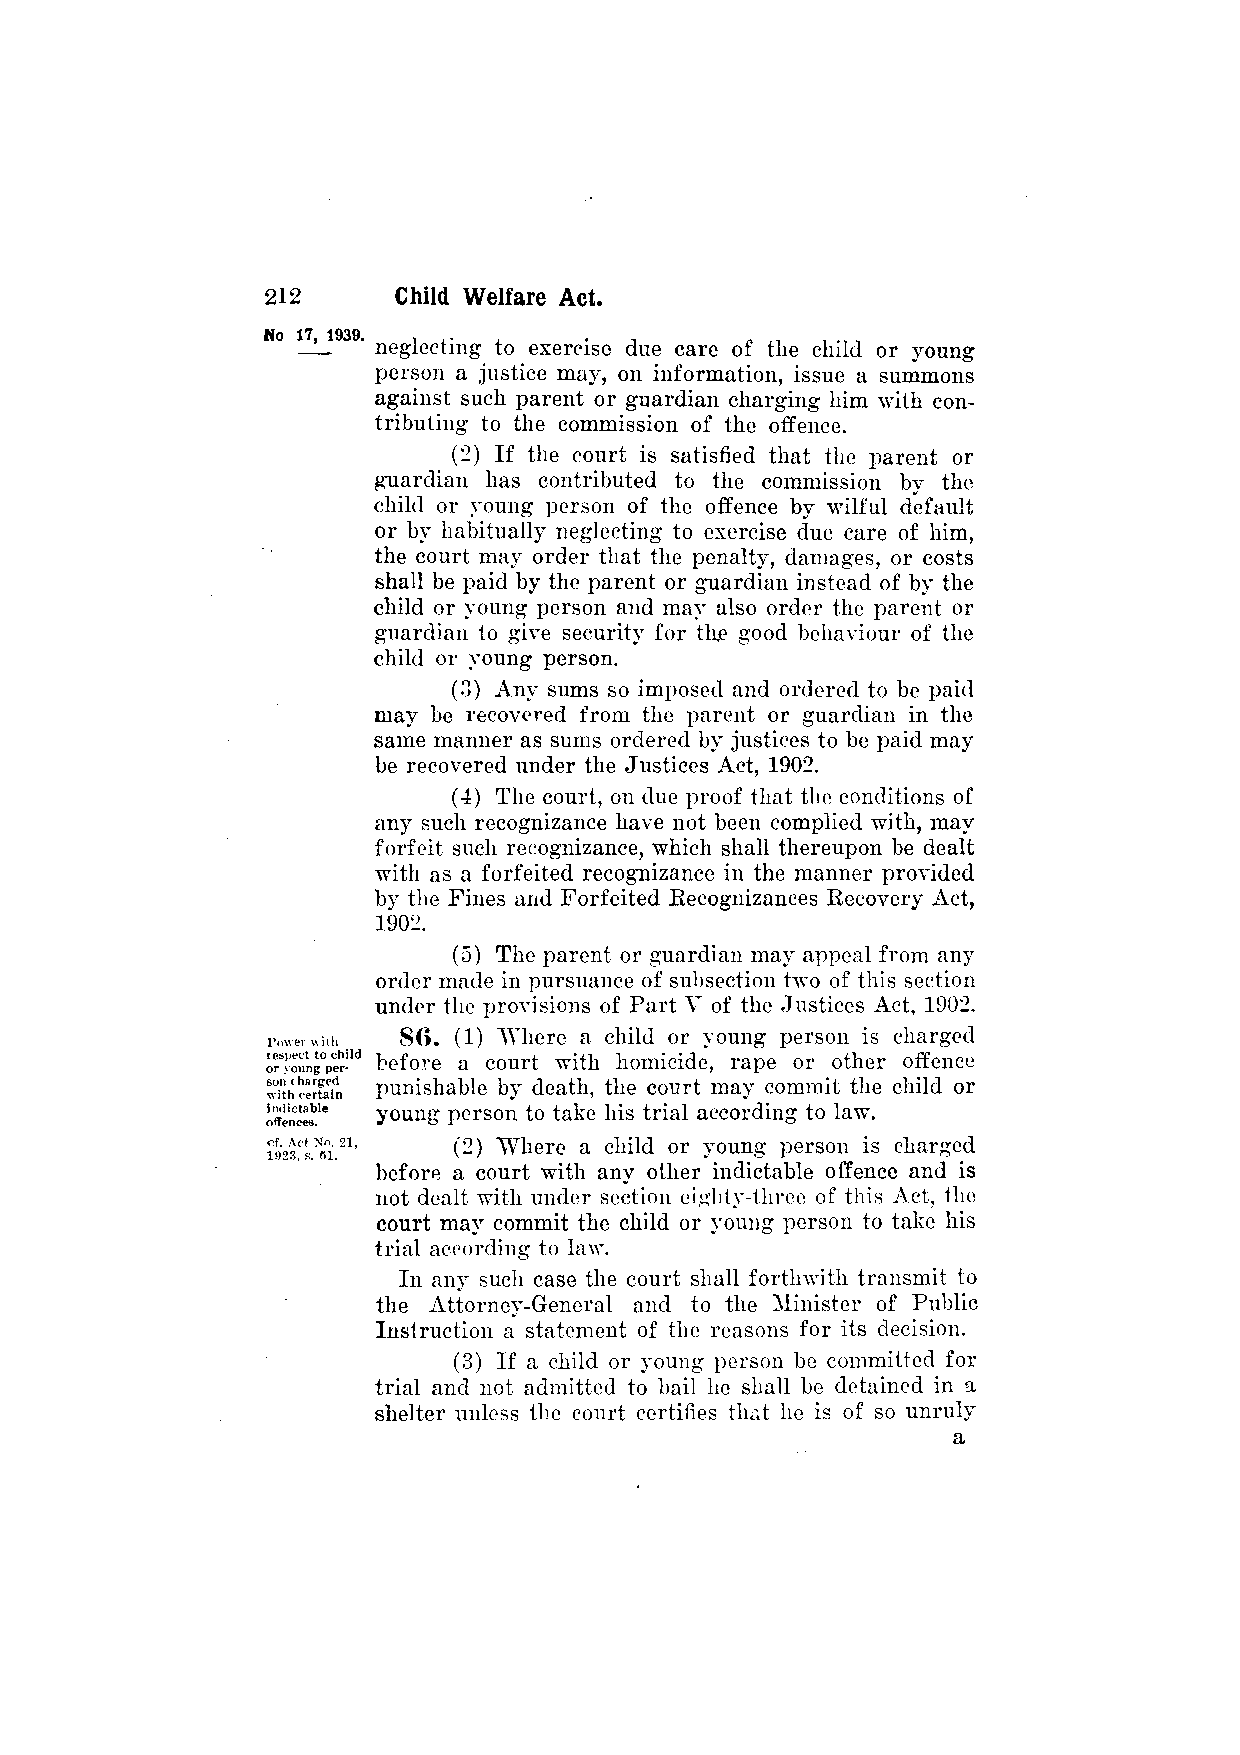
neglecting to exercise due care of the child or young
 person a justice may, on information, issue a summons
 against such parent or guardian charging him with con­
 tributing to the commission of the offence.
 (2) If the court is satisfied that the parent or
 guardian has contributed to the commission by the
 child or young person of the offence by wilful default
 or by habitually neglecting to exercise due care of him,
 the court may order that the penalty, damages, or costs
 shall be paid by the parent or guardian instead of by the
 child or young person and may also order the parent or
 guardian to give security for the good behaviour of the
 child or young person.
 (3) Any sums so imposed and ordered to be paid
 may be recovered from the parent or guardian in the
 same manner as sums ordered by justices to be paid may
 be recovered under the Justices Act, 1902.
 (4) The court, on due proof that the conditions of
 any such recognizance have not been complied with, may
 forfeit such recognizance, which shall thereupon be dealt
 with as a forfeited recognizance in the manner provided
 by the Fines and Forfeited Recognizances Recovery Act,
 1902.
 (5) The parent or guardian may appeal from any
 order made in pursuance of subsection two of this section
 under the provisions of Part V of the Justices Act, 1902.
 86. (1) Where a child or young person is charged
 before a court with homicide, rape or other offence
 punishable by death, the court may commit the child or
 young person to take his trial according to law.
 (2) Where a child or young person is charged
 before a court with any other indictable offence and is
 not dealt with under section eighty-three of this Act, the
 court may commit the child or young person to take his
 trial according to law.
 In any such case the court shall forthwith transmit to
 the Attorney-General and to the Minister of Public
 Instruction a statement of the reasons for its decision.
 (3) If a child or young person be committed for
 trial and not admitted to bail he shall be detained in a
 shelter unless the court certifies that he is of so unruly
 a